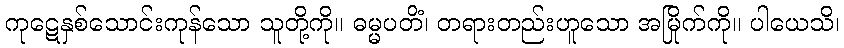
ကုဋေနှစ်သောင်းကုန်သော သူတို့ကို။ ဓမ္မပတိံ၊ တရားတည်းဟူသော အမြိုက်ကို။ ပါယေသိ၊